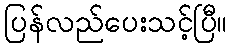
ပြန်လည်ပေးသင့်ပြီ။